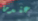
عندما